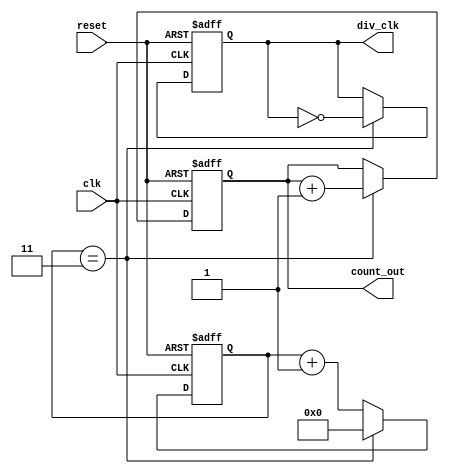
module frequency_divider_counter #(
    parameter N = 4  // Default division factor, can be overridden
)(
    input wire clk,          // Input clock signal
    input wire reset,        // Asynchronous reset signal
    output reg div_clk,      // Output divided clock signal
    output reg [31:0] count_out // Output count of divisions
);

    reg [31:0] count;        // Counter register

    // Asynchronous reset and frequency division logic
    always @(posedge clk or posedge reset) begin
        if (reset) begin
            count <= 0;       // Reset the counter
            div_clk <= 0;     // Reset the divided clock
            count_out <= 0;   // Reset the output count
        end else begin
            if (N > 1) begin
                if (count == (N - 1)) begin
                    div_clk <= ~div_clk; // Toggle the output clock
                    count <= 0;          // Reset the counter
                    count_out <= count_out + 1; // Increment the output count
                end else begin
                    count <= count + 1; // Increment the counter
                end
            end else begin
                // If N <= 1, treat it as 1 (mirror input clock)
                div_clk <= clk; // Output clock mirrors input clock
                count_out <= 0; // Reset count_out for N <= 1
            end
        end
    end

endmodule